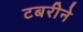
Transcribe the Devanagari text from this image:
टबरीने